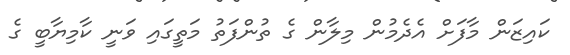
ކައިޒަން މާފަށް އެދެމުން މިލާން ގެ ތުންފަތު މަތީގައި ވަނީ ކާމިޔާބީ ގެ